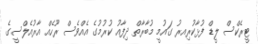
ޓީރެކްސް ލީޑް ފުޅާކުރިއރު ގައުމީ މުބާރާތް ދިފާއު ކުރުމުގެ އެއްވެސް ރޫހެއް އާރުއެލްސީގެ